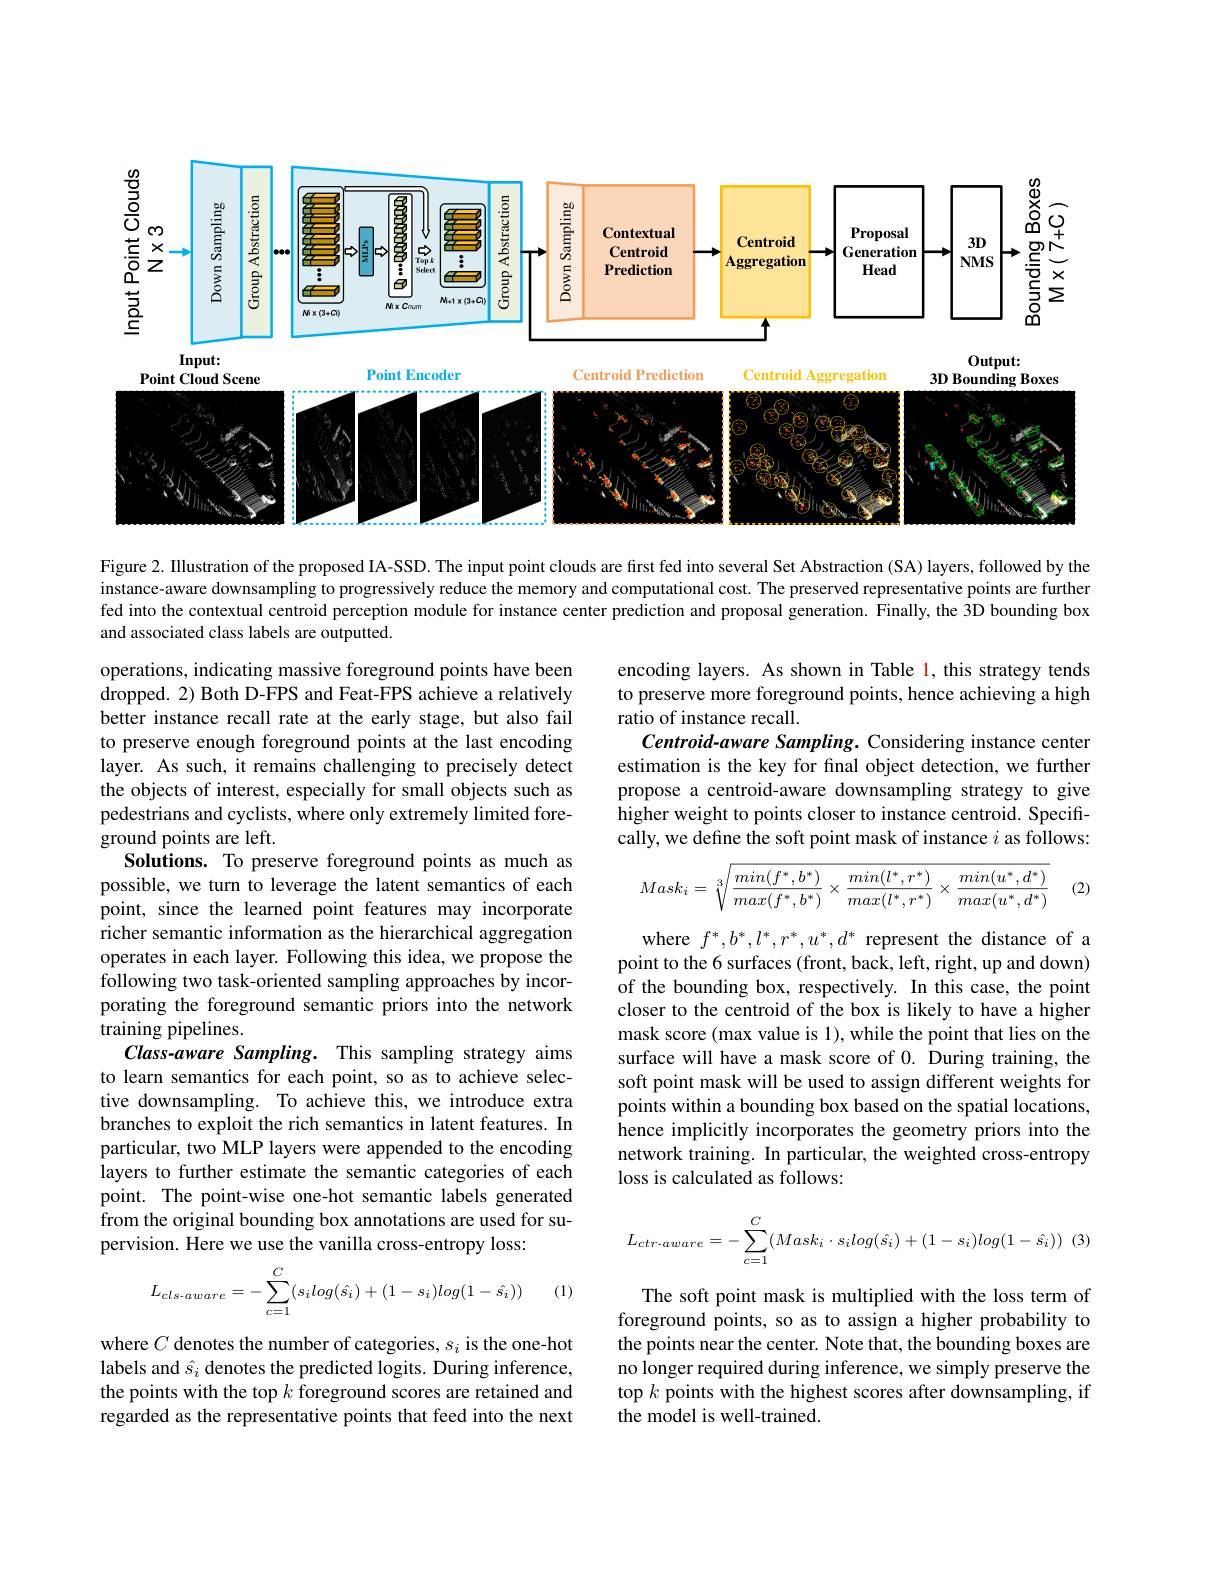
<FigureHere>

Figure 2. Illustration of the proposed IA-SSD. The input point clouds are first fed into several Set Abstraction (SA) layers, followed by the instance-aware downsampling to progressively reduce the memory and computational cost. The preserved representative points are further fed into the contextual centroid perception module for instance center prediction and proposal generation. Finally, the 3D bounding box and associated class labels are outputted.

encoding layers. As shown in Table 1, this strategy tends to preserve more foreground points, hence achieving a high ratio of instance recall.
Centroid-aware Sampling. Considering instance center estimation is the key for final object detection, we further propose a centroid-aware downsampling strategy to give higher weight to points closer to instance centroid. Specifrcally, we define the soft point mask of instance $i$ as follows:
$$Mask_i=\sqrt[3]{\frac{min(f^*,b^*)}{max(f^*,b^*)}\times\frac{min(l^*,r^*)}{max(l^*,r^*)}\times\frac{min(u^*,d^*)}{max(u^*,d^*)}}$$
(2)

operations, indicating massive foreground points have been dropped. 2) Both D-FPS and Feat-FPS achieve a relatively better instance recall rate at the early stage, but also fail to preserve enough foreground points at the last encoding layer. As such, it remains challenging to precisely detect the objects of interest, especially for small objects such as pedestrians and cyclists, where only extremely limited foreground points are left.
Solutions. To preserve foreground points as much as possible, we turn to leverage the latent semantics of each point, since the learned point features may incorporate richer semantic information as the hierarchical aggregation operates in each layer. Following this idea, we propose the $\hat{\text{following two task-oriented sampling approaches by incor-}}$ porating the foreground semantic priors into the network training pipelines.
Class-aware Sampling. This sampling strategy aims to learn semantics for each point, so as to achieve selective downsampling. To achieve this, we introduce extra branches to exploit the rich semantics in latent features. In particular, two MLP layers were appended to the encoding layers to further estimate the semantic categories of each point. The point-wise one-hot semantic labels generated from the original bounding box annotations are used for supervision. Here we use the vanilla cross-entropy loss:
$$L_{cls-aware}=-\sum_{c=1}^C(s_ilog(\hat{s}_i)+(1-s_i)log(1-\hat{s}_i))$$
where $f^*,b^*,l^*,r^*,u^*,d^*$ represent the distance of a point to the 6 surfaces (front, back, left, right, up and down) of the bounding box, respectively. In this case, the point closer to the centroid of the box is likely to have a higher mask score (max value is 1), while the point that lies on the surface will have a mask score of 0. During training, the soft point mask will be used to assign different weights for points within a bounding box based on the spatial locations, hence implicitly incorporates the geometry priors into the network training. In particular, the weighted cross-entropy loss is calculated as follows:
$$L_{ctr-aware}=-\sum_{c=1}^C(Mask_i\cdot s_ilog(\hat{s}_i)+(1-s_i)log(1-\hat{s}_i))\:(3)$$
(1)

The soft point mask is multiplied with the loss term of foreground points, so as to assign a higher probability to the points near the center. Note that, the bounding boxes are no longer required during inference, we simply preserve the top $k$ points with the highest scores after downsampling, if the model is well-trained.

where $C$ denotes the number of categories, $s_i$ is the one-hot labels and $\hat{s}_i$ denotes the predicted logits. During inference, the points with the top $k$ foreground scores are retained and regarded as the representative points that feed into the next